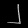
Digit: ၂